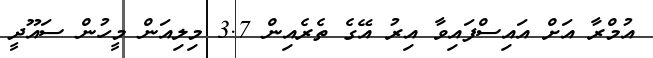
އުމްރާ އަށް އައިސްފައިވާ އިރު އޭގެ ތެރެއިން 3.7 މިލިއަން މީހުން ސައޫދީ